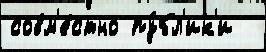
совм'е́стно пу́бл'ик'и